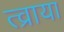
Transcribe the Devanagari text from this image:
त्व्राया